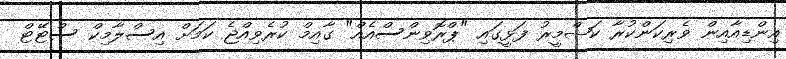
އިންޑިއާއިން ވެރިކަންކުރާ ކަޝްމީރު ފަޅީގައި "ޕްރޮވިންސްއެއް" ގާއިމް ކުރެވިއްޖެ ކަމަށް އިސްލާމިކް ސްޓޭޓް